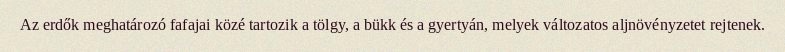
Az erdők meghatározó fafajai közé tartozik a tölgy, a bükk és a gyertyán, melyek változatos aljnövényzetet rejtenek.